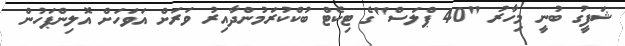
ޝަފީގު ބުނީ މިހާރު "40 ޕްލަސް"ގެ ޓިކެޓް ބުކްކުރަމުންދާއިރު ވަރަށް އަވަހަށް އޮލިންޕަހުން